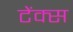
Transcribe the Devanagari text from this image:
टेंक्स